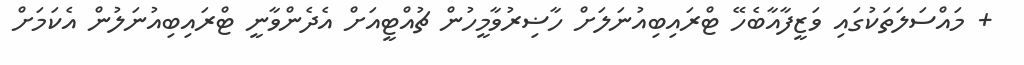
+ މައްސަލަތަކުގައި ވަޒީފާއާބެހޭ ޓްރައިބިއުނަލަށް ހާޟިރުވާމީހުން ޗުއްޓީއަށް އެދެންވާނީ ޓްރައިބިއުނަލުން އެކަމަށް